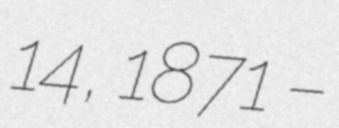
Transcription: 14, 1871 –